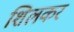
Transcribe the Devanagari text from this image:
शिलकर